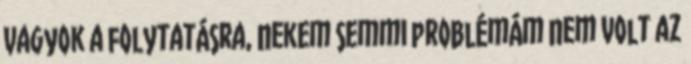
vagyok a folytatásra, nekem semmi problémám nem volt az